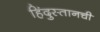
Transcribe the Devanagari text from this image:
हिंदुस्तानची